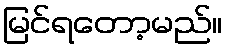
မြင်ရတော့မည်။